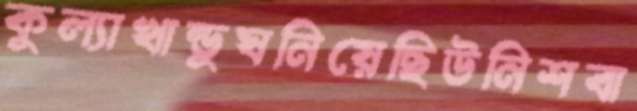
কুল্যাখান্ডুঘনিয়েছিউনিশবা